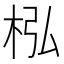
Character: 𣐜